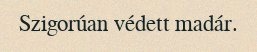
Szigorúan védett madár.